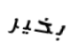
بخير